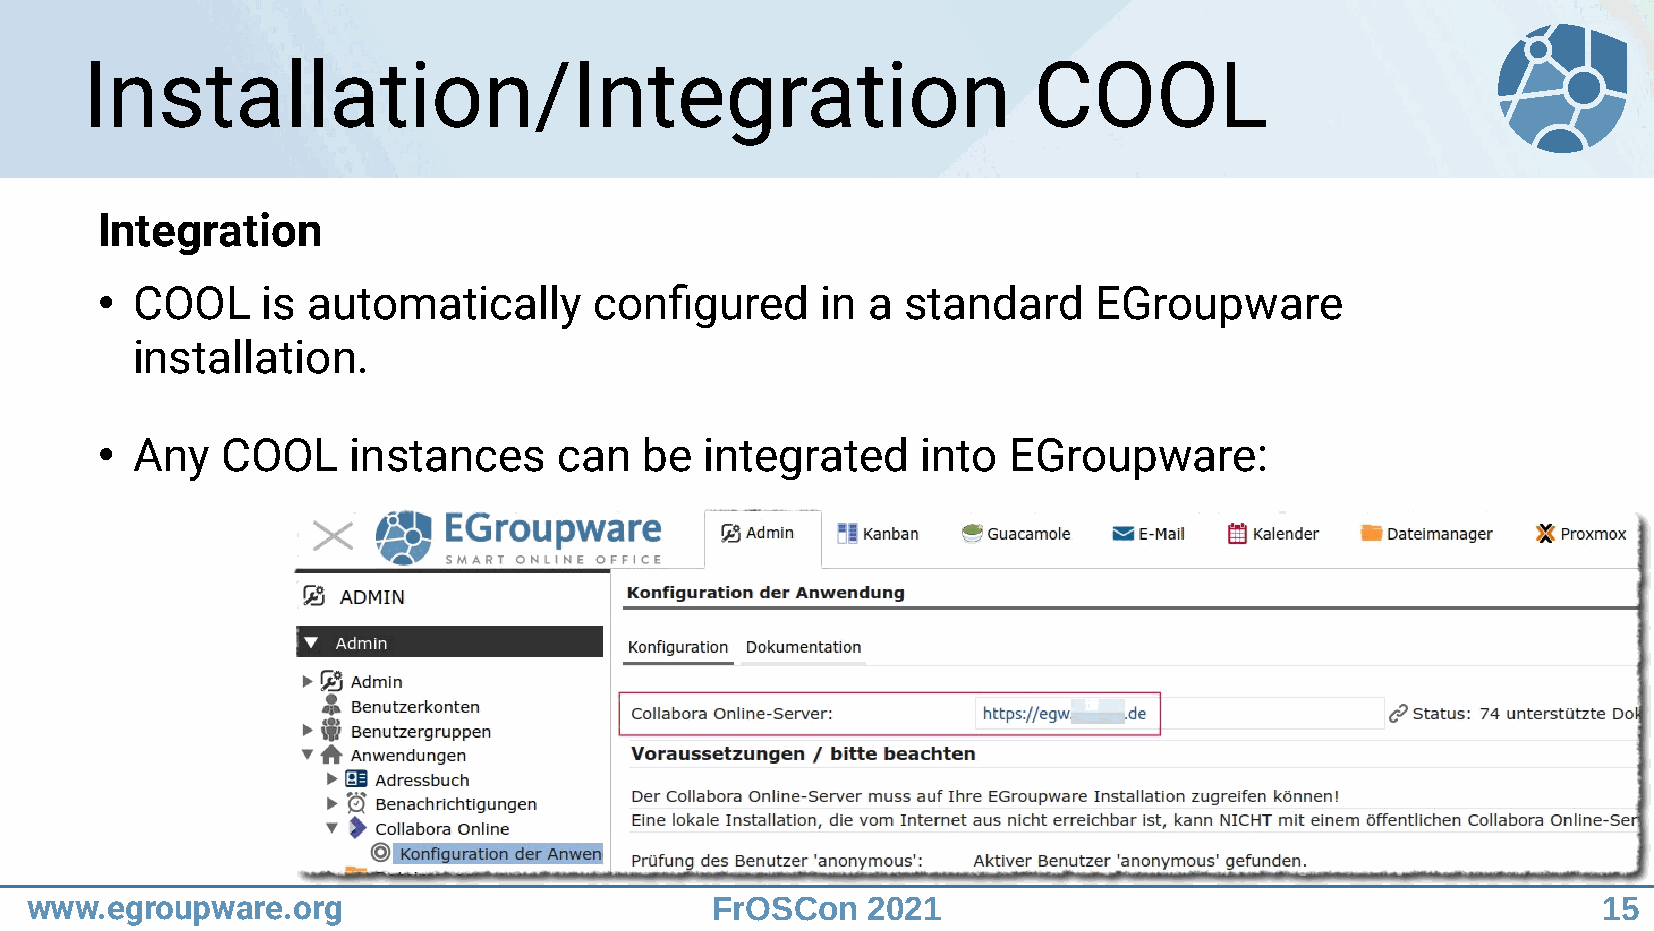
Installation/Integration                                       COOL
 Integration
 COOL    is automatically      configured     in a  standard     EGroupware
 ●
 installation.
 Any   COOL    instances     can   be  integrated    into  EGroupware:
 ●
 www.egroupware.org                           FrOSCon   2021                                             15